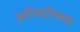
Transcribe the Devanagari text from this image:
अरिस्टीप्पस